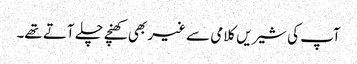
آپ کی شیریں کلامی سے غیر بھی کھنچے چلے آتے تھے۔